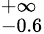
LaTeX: ^{+\infty}_{-0.6}